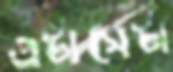
এটাসেটা